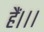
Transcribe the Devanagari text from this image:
हैं।।।